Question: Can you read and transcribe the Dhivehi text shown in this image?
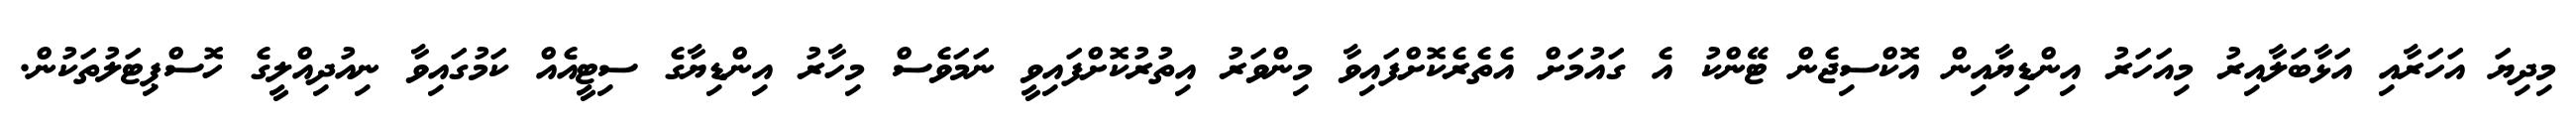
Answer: މިދިޔަ އަހަރާއި އަޅާބަލާއިރު މިއަހަރު އިންޑިޔާއިން އޮކްސިޖެން ޓޭންކު އެ ގައުމަށް އެތެރެކޮށްފައިވާ މިންވަރު އިތުރުކޮށްފައިވީ ނަމަވެސް މިހާރު އިންޑިޔާގެ ސިޓީއެއް ކަމުގައިވާ ނިއުދިއްލީގެ ހޮސްޕިޓަލުތަކުން.